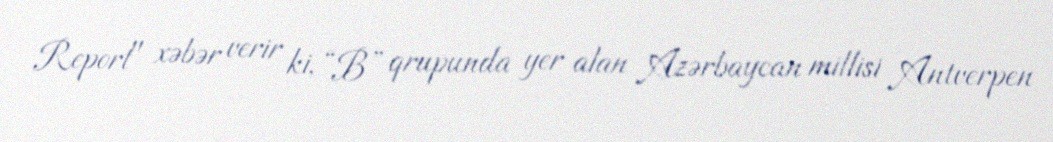
Report" xəbər verir ki, “B” qrupunda yer alan Azərbaycan millisi Antverpen